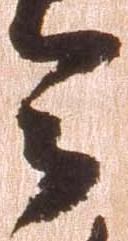
令